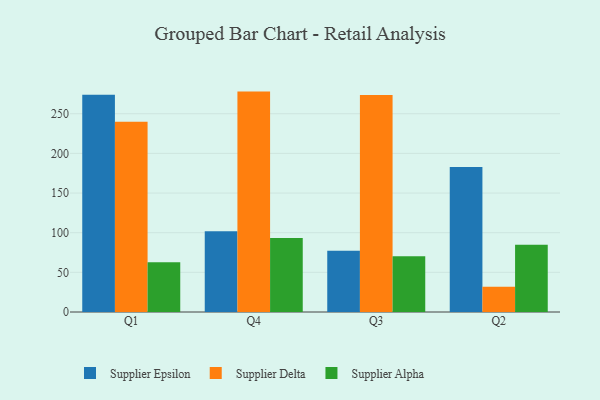
{"axis": {"x": "Quarter", "y": "Budget (USD K)"}, "legend": ["Supplier Alpha", "Supplier Delta", "Supplier Epsilon"], "data": [{"x": "Q1", "y": 273.8, "type": "Supplier Epsilon"}, {"x": "Q1", "y": 239.9, "type": "Supplier Delta"}, {"x": "Q1", "y": 62.6, "type": "Supplier Alpha"}, {"x": "Q4", "y": 101.8, "type": "Supplier Epsilon"}, {"x": "Q4", "y": 277.9, "type": "Supplier Delta"}, {"x": "Q4", "y": 93.2, "type": "Supplier Alpha"}, {"x": "Q3", "y": 77.3, "type": "Supplier Epsilon"}, {"x": "Q3", "y": 273.5, "type": "Supplier Delta"}, {"x": "Q3", "y": 70.3, "type": "Supplier Alpha"}, {"x": "Q2", "y": 182.9, "type": "Supplier Epsilon"}, {"x": "Q2", "y": 31.8, "type": "Supplier Delta"}, {"x": "Q2", "y": 84.8, "type": "Supplier Alpha"}]}